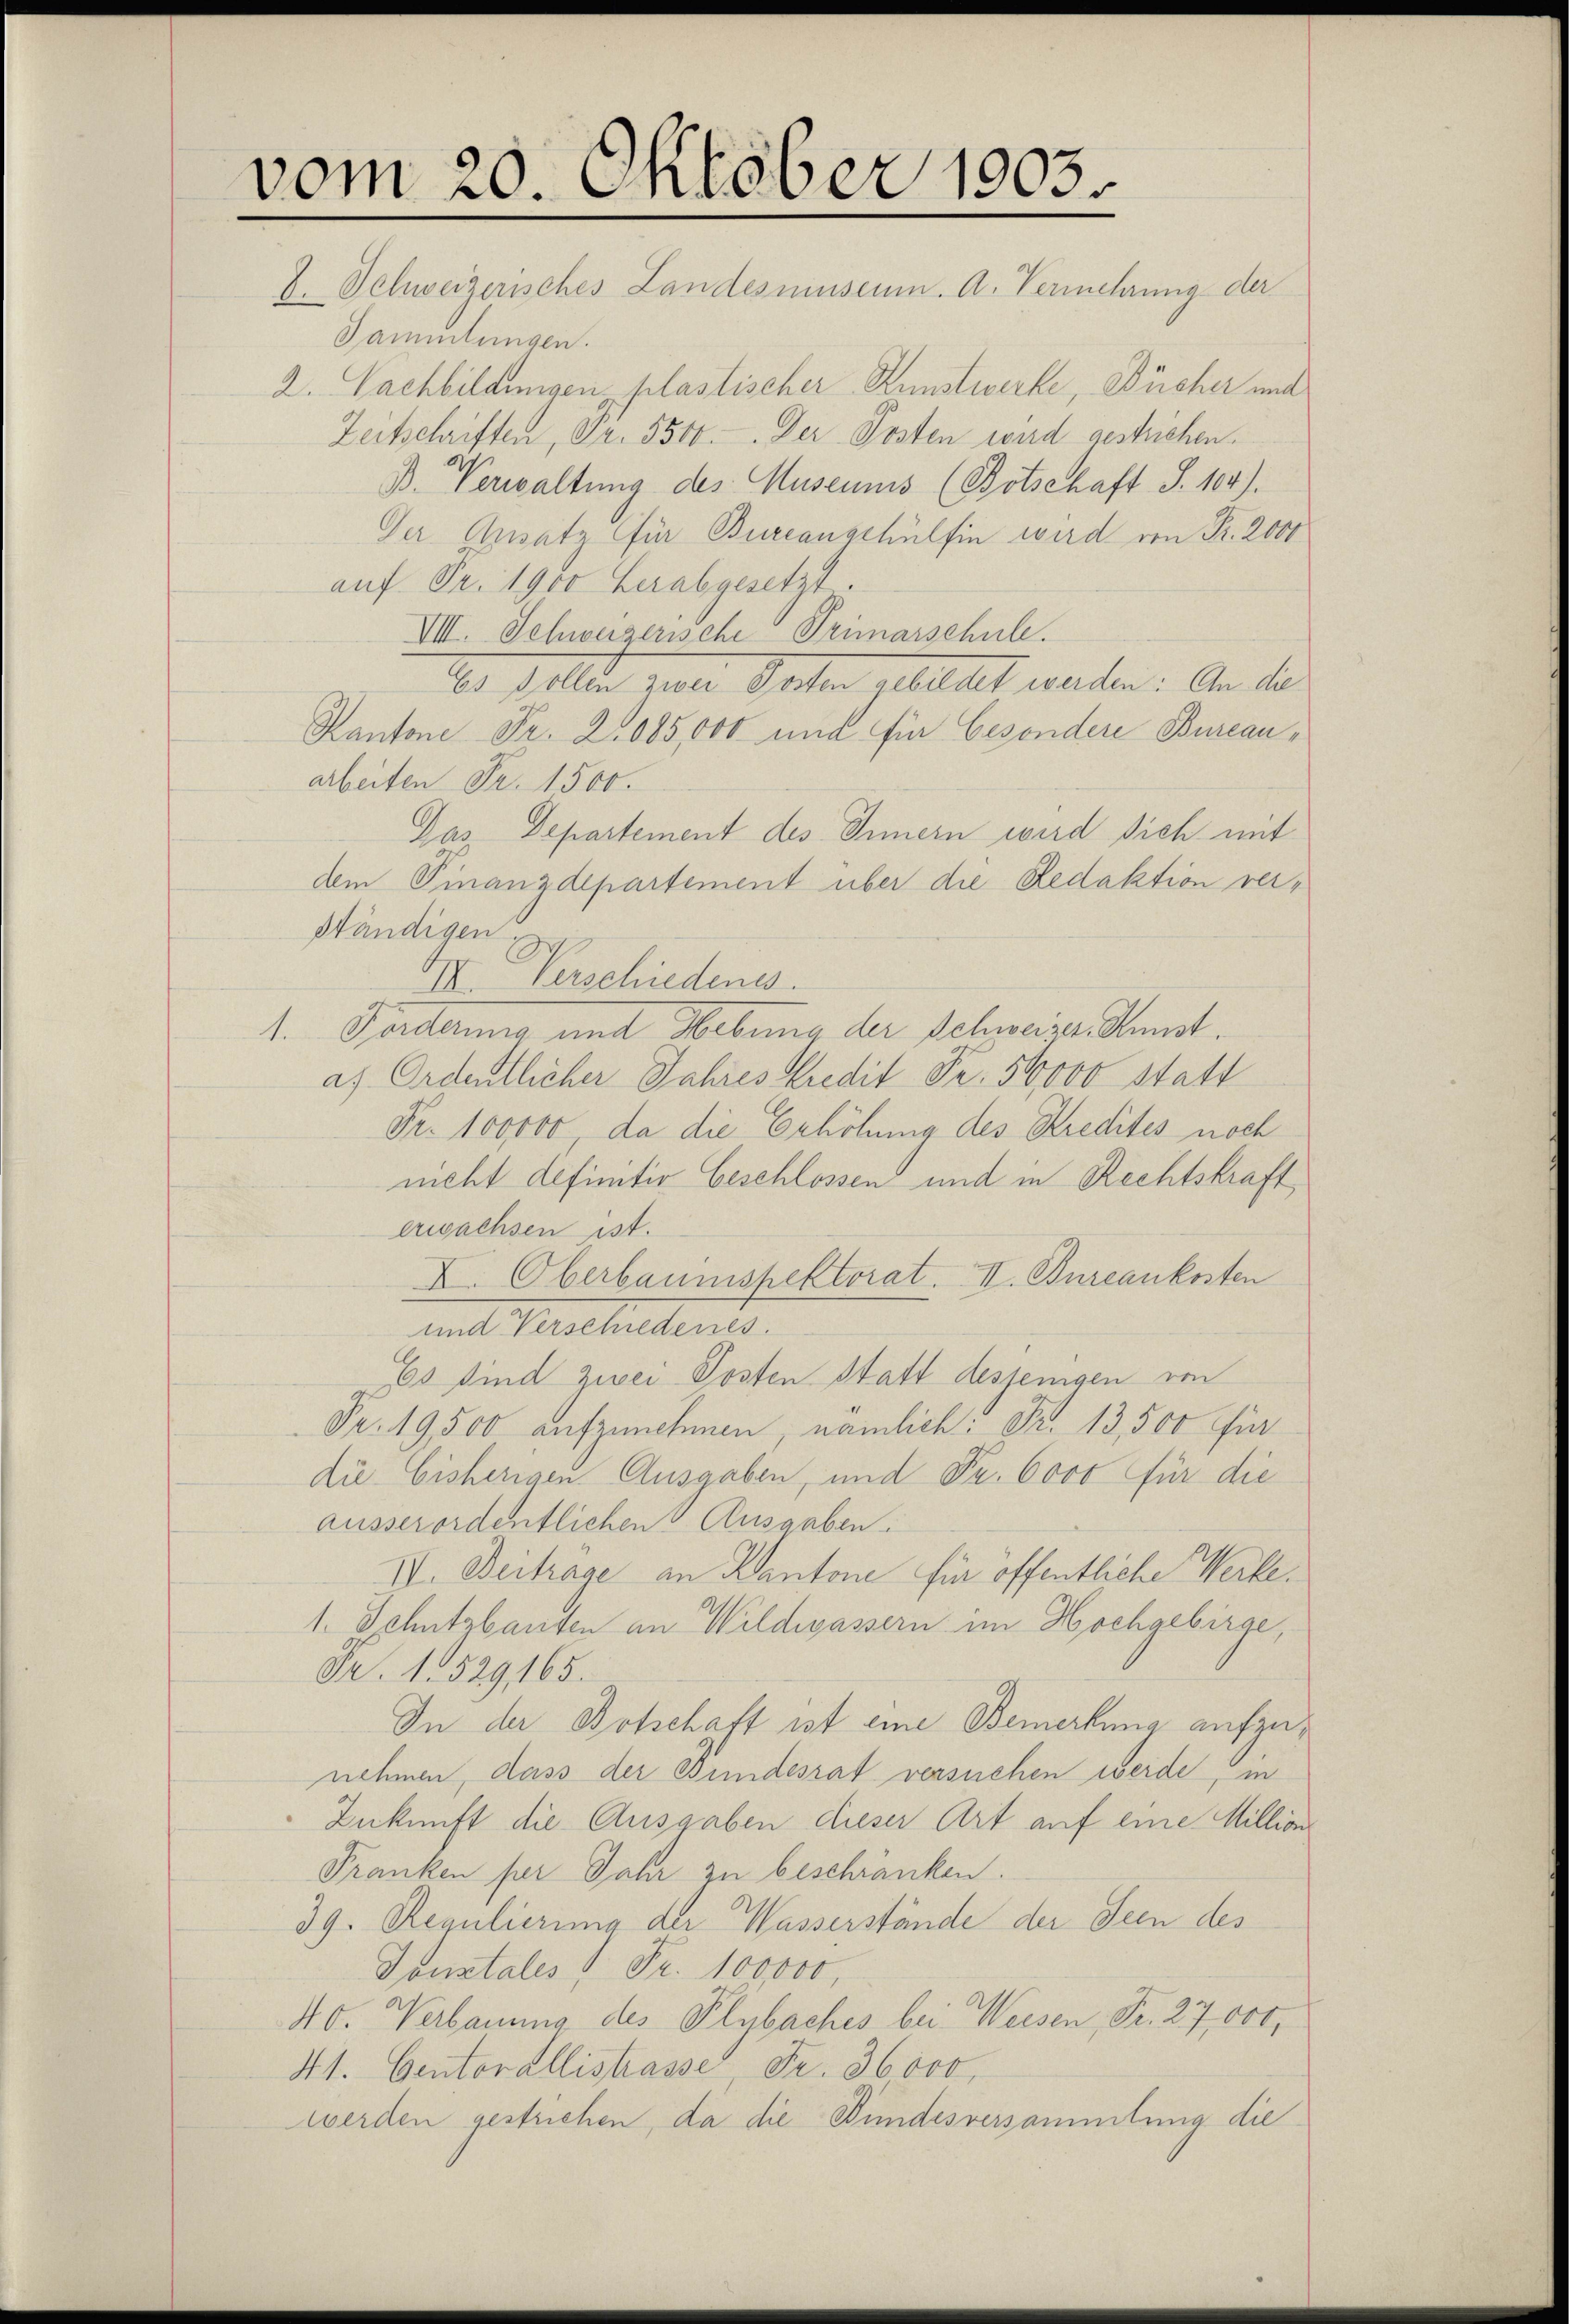
vom 20. Oktober 1903.
8. Schweizerisches Landesmuseum. A. Vermehrung der

1.

Sammlungen.
2. Nachbildungen plastischer Kunstwerke, Bücher mit
Zeitschriften, Gr. 5500. Der Posten wird gestrichen.
B. Verwaltung des Museums (Botschaft S. 104).
Der Ansatz für Bureauschülfen wird von Fr. 2000
auf Fr. 1900 herabgesetzt.
VIII. Schweizerische Primarschule.
10. I. Aller von Seiten allettet warten: An die
Kantone Fr. 2085,000 und für besondere Bureauarbeiten Fr. 1500.
Das Departement des Innern wird sich mit
dem Finanzdepartement über die Redaktion verständigen,
III. Verschiedenes.
. Forderung mit Hebung der Schwarzer Kunst.
a. Ordentlicher Jahres Kredit Fr. 50000 statt
Fr. 100000, da die Erhöhung des Kredites noch
meht definitiv beschlossen und in Rechtskraft
erwachsen ist.
X. Oberbauinspektorat. II. Bureaukosten
und Verschiedenes.
Es sind zwei Posten Statt desjenigen von
Fr. 19,500 aufzunehmen, nämlich: Fr. 13,500 für
die bisherigen Ausgaben, und Fr. 6000 für die
ausserordentlichen Ausgaben.
IVI. Beitrage an Kantone für öffentliche Werke¬
1. Schutzbauten an Wildwassern im Hochgebirge,
Fr. 1. 529, 165.
In der Botschaft ist eine Bemerkung aufzunehmen, dass der Bundesrat versuchen werde, in
Zukunft die Ausgaben dieser Art auf eine Million
Franken per Jahr zu beschranken.
39. Regulierung der Wasserstände der Seen des
Tonstales 1 Fr. 100000,
40. Verbauung des Plybaches bei Weisen, Fr. 27,000,
41. Gentorallistrasse, Fr. 36000.
werden gestrichen, da die Bundesversammlung die